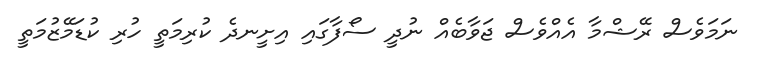
ނަމަވެސް ރޭޝްމާ އެއްވެސް ޖަވާބެއް ނުދީ ސޯފާގައި އިށީނދެ ކުރިމަތީ ހުރި ކުޑަމޭޒުމަތީ